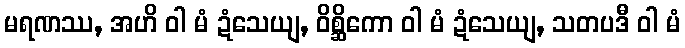
မရဏဿ, အဟိ ဝါ မံ ဍံသေယျ, ဝိစ္ဆိကော ဝါ မံ ဍံသေယျ, သတပဒီ ဝါ မံ